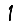
Digit: 1